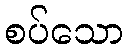
စပ်သော